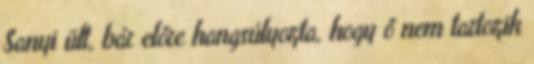
Sanyi ült, bár előre hangsúlyozta, hogy ő nem tartozik